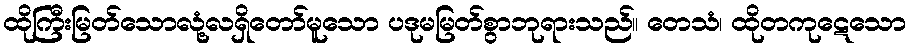
ထိုကြီးမြတ်သောလုံ့လရှိတော်မူသော ပဒုမမြတ်စွာဘုရားသည်။ တေသံ၊ ထိုတကုဋေသော